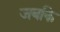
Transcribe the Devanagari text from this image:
जबकि